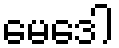
မေဒေါ